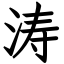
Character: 涛